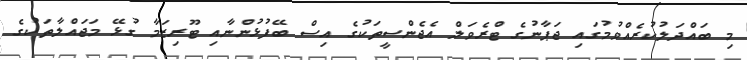
މި ބައްދަލުކުރެއްވުމުގައި ޖަޕާނުގެ ޓްރެވަލް އެޖެންސީތަކުގެ އިސް ބޭފުޅުންނާއި ޓޫރިޒަމާ ގުޅޭ މަޖައްލާތަކުގެ